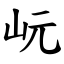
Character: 岏